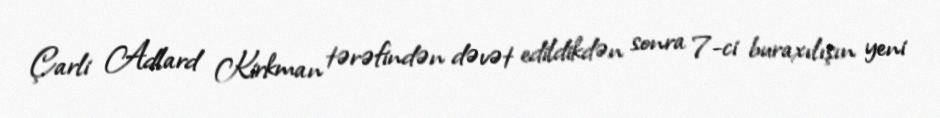
Çarli Adlard Kirkman tərəfindən dəvət edildikdən sonra 7-ci buraxılışın yeni